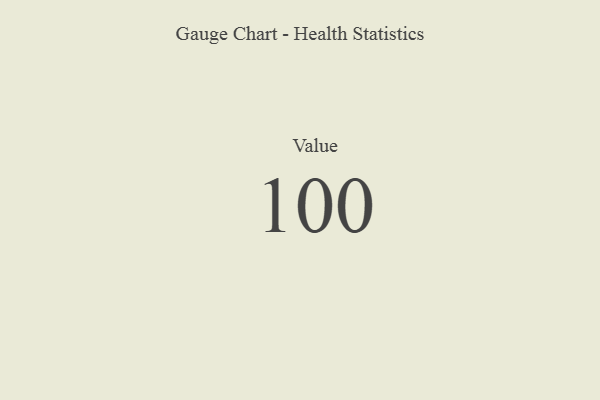
{"axis": {"x": "Metric", "y": "Value"}, "legend": [""], "data": [{"x": "Value", "y": 100, "type": ""}]}